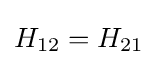
{{H}_{12}}={{H}_{21}}